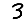
Digit: 3